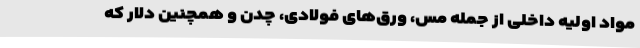
مواد اولیه داخلی از جمله مس، ورق‌های فولادی، چدن و همچنین دلار که